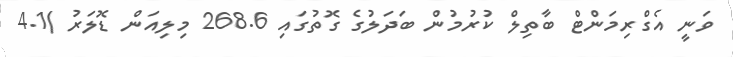
ވަނީ އެގްރިމަންޓް ބާތިލް ކުރުމުން ބަދަލުގެ ގޮތުގައި 268.6 މިލިއަން ޑޮލަރު )4.1